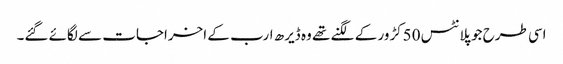
اسی طرح جو پلانٹس 50کڑور کے لگنے تھے وہ ڈیرھ ارب کے اخراجات سے لگائے گئے۔